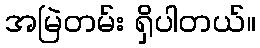
အမြဲတမ်း ရှိပါတယ်။